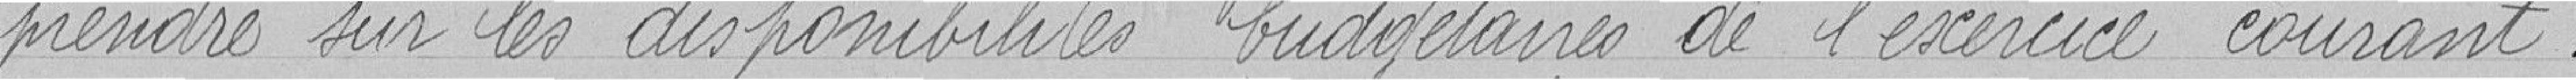
prendre sur les disponibilités budgétaires de l'exercice courant.